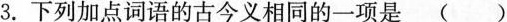
3.下列加点词语的古今义相同的一项是()